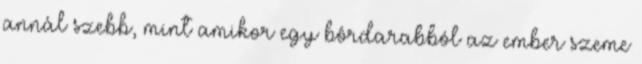
annál szebb, mint amikor egy bôrdarabból az ember szeme